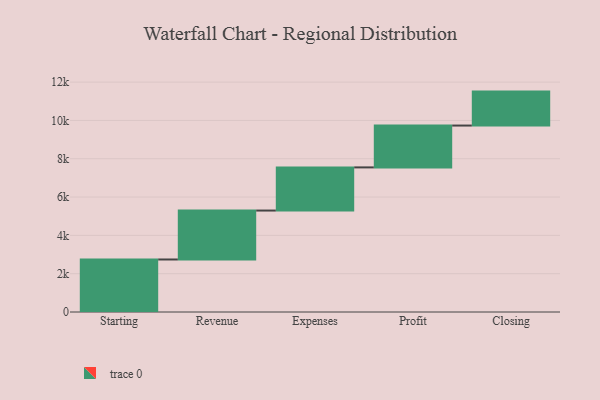
{"axis": {"x": "Step", "y": "Value"}, "legend": [""], "data": [{"x": "Starting", "y": 2741.0, "type": ""}, {"x": "Revenue", "y": 2555.0, "type": ""}, {"x": "Expenses", "y": 2252.0, "type": ""}, {"x": "Profit", "y": 2185.0, "type": ""}, {"x": "Closing", "y": 1772.0, "type": ""}]}